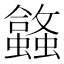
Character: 𬠹